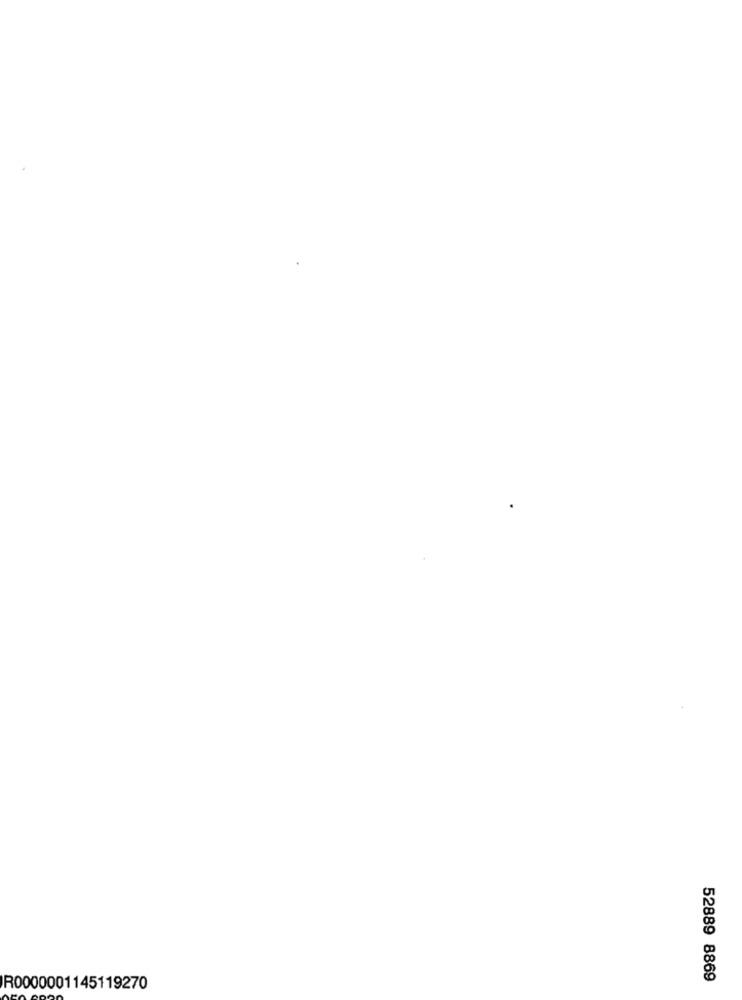
52889 8869
R0000001145119270